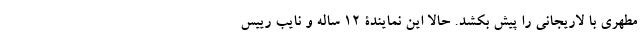
مطهری با لاریجانی را پیش بکشد. حالا این نمایندۀ 12 ساله و نایب رییس